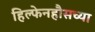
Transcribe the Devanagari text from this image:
हिल्फेनहौसच्या